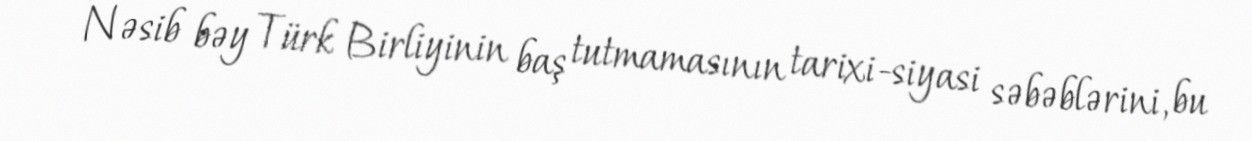
Nəsib bəy Türk Birliyinin baş tutmamasının tarixi-siyasi səbəblərini, bu